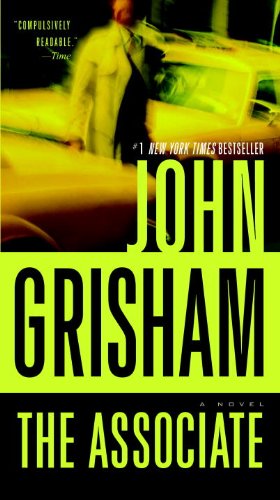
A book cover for The Associate: A Novel; John Grisham; Mystery, Thriller & Suspense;